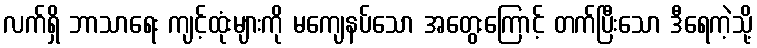
လက်ရှိ ဘာသာရေး ကျင့်ထုံးများကို မကျေနပ်သော အတွေးကြောင့် တက်ပြီးသော ဒီရေကဲ့သို့